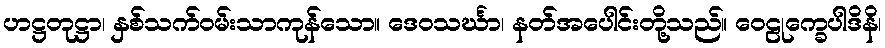
ဟဋ္ဌတုဋ္ဌာ၊ နှစ်သက်ဝမ်းသာကုန်သော။ ဒေဝသင်္ဃာ၊ နတ်အပေါင်းတို့သည်။ ဝေဠုက္ခေပါဒိနိ၊